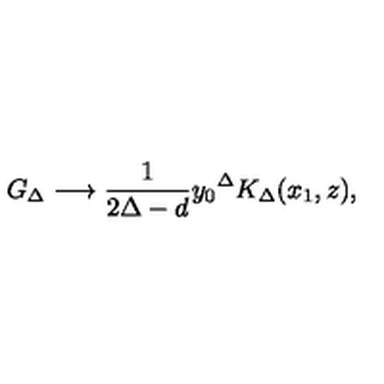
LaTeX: G _ { \Delta } \longrightarrow \frac { 1 } { 2 \Delta - d } { y _ { 0 } } ^ { \Delta } K _ { \Delta } ( x _ { 1 } , z ) ,